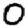
Digit: 0